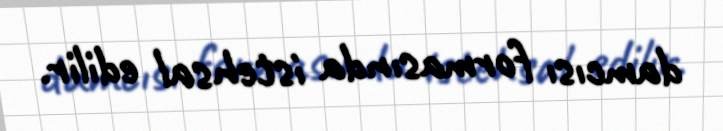
damcısı formasında istehsal edilir.